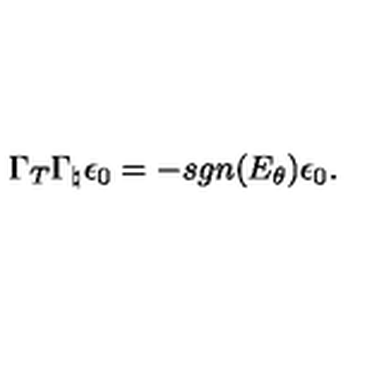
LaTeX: \Gamma _ { T } \Gamma _ { \natural } \epsilon _ { 0 } = - s g n ( E _ { \theta } ) \epsilon _ { 0 } .